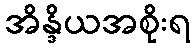
အိန္ဒိယအစိုးရ